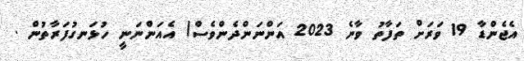
އެޖެންޑާ 19 ވަރަށް ތަފާތު ވާނެ 2023 އަންނަންދެންވެސް/ އެއަަންނަނީ ހުޅަނގުފަރާތުން .